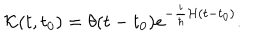
LaTeX: { \cal { K } } ( t , t _ { 0 } ) = \theta ( t - t _ { 0 } ) e ^ { - \frac { i } { \hbar } { \cal { H } } ( t - t _ { 0 } ) } .